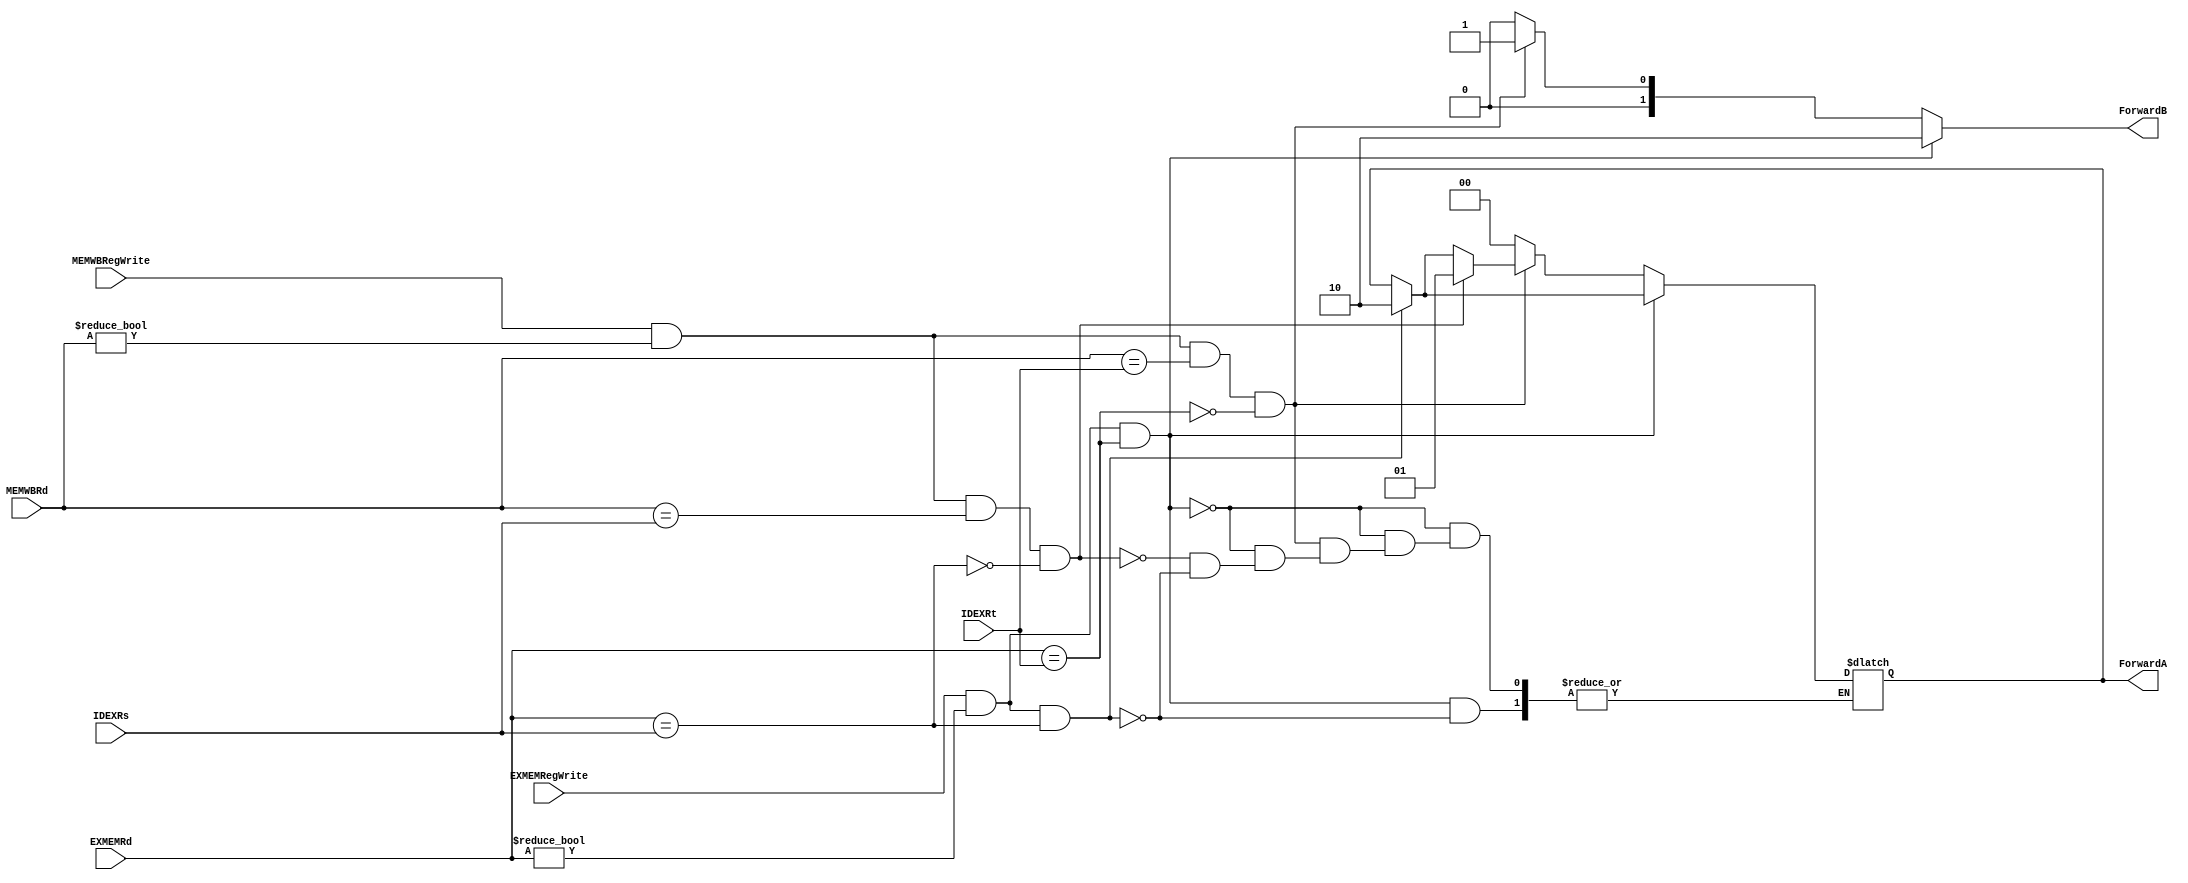
module forwarding(input EXMEMRegWrite,MEMWBRegWrite,input [4:0] EXMEMRd,MEMWBRd,IDEXRs,IDEXRt,output reg[1:0] ForwardA,ForwardB);

initial

begin
ForwardA=2'd0;
ForwardB=2'd0;
end

always@(EXMEMRegWrite,MEMWBRegWrite, EXMEMRd,MEMWBRd,IDEXRs,IDEXRt)
begin
if(EXMEMRegWrite&&(EXMEMRd!=0)&&(EXMEMRd==IDEXRs))
ForwardA=2'b10;

if(EXMEMRegWrite&&(EXMEMRd!=0)&&(EXMEMRd==IDEXRt))
ForwardB=2'b10;

else
begin
if(MEMWBRegWrite&&(MEMWBRd!=0)&&(MEMWBRd==IDEXRs)&&!(EXMEMRd==IDEXRs))
ForwardA=2'b01;
 
if(MEMWBRegWrite&&(MEMWBRd!=0)&&(MEMWBRd==IDEXRt)&&!(EXMEMRd==IDEXRt))
ForwardB=2'b01;


else
begin
ForwardA=2'b00;
ForwardB=2'b00;
end
end
end


endmodule